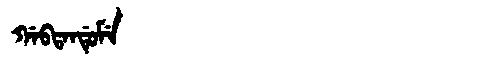
Manchu: ᡤᠠᠪᡨᠠᠨᡩᡠᠮᡝ
Romanization: GABTANDUME